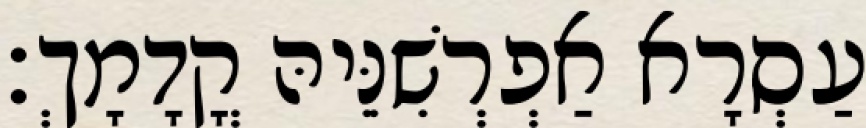
עַסְרָא אַפְרְשִׁנֵּיהּ קֳדָמָךְ׃